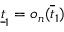
\underline { { t } } _ { 1 } = o _ { n } ( \overline { { t } } _ { 1 } )